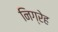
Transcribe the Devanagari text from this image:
निग्रेह